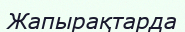
Жапырақтарда